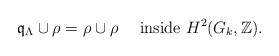
LaTeX: \begin{align*} \mathfrak{q}_\Lambda\cup \rho= \rho \cup \rho \quad\textup{ inside } H^2(G_k,\mathbb{Z}). \end{align*}